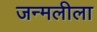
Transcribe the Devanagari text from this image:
जन्मलीला